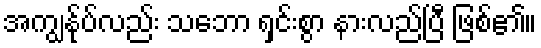
အကျွန်ုပ်လည်း သဘော ရှင်းစွာ နားလည်ပြီ ဖြစ်၏။